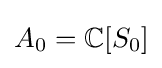
A_{0}=\mathbb {C} [S_{0}]